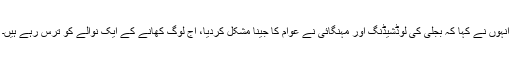
انہوں نے کہا کہ بجلی کی لوڈشیڈنگ اور مہنگائی نے عوام کا جینا مشکل کردیا، آج لوگ کھانے کے ایک نوالے کو ترس رہے ہیں۔